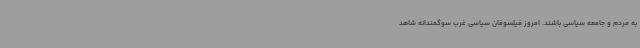
به مردم و جامعه سیاسی باشند. امروز فیلسوفان سیاسی غرب سوگمندانه شاهد